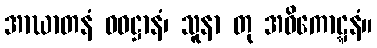
အာဃာတနံ ဝဓဋ္ဌာနံ၊ သူနာ တု အဓိကောဋ္ဋနံ။